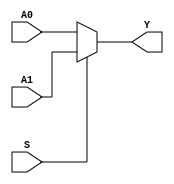
module MUX2X32(A0, A1, S, Y);
	input [31:0] A0;
	input [31:0] A1;
	input S;
	output [31:0] Y;
	assign Y = S? A1 : A0; 
endmodule